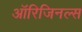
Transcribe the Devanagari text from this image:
ऑरिजिनल्स